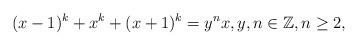
LaTeX: \begin{align*}(x-1)^k+x^k+(x+1)^k=y^n x, y, n \in\mathbb{Z}, n \geq 2,\end{align*}